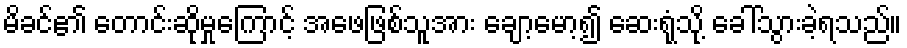
မိခင်၏ တောင်းဆိုမှုကြောင့် အဖေဖြစ်သူအား ချော့မော့၍ ဆေးရုံသို့ ခေါ်သွားခဲ့ရသည်။